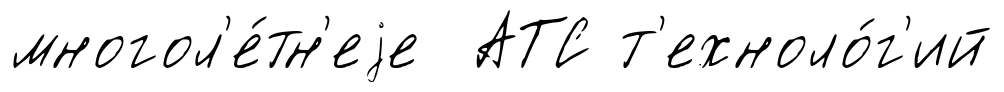
многол'е́тн'еjе АТС т'ехноло́г'ий